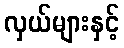
လှယ်များနှင့်